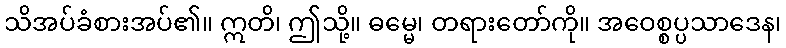
သိအပ်ခံစားအပ်၏။ ဣတိ၊ ဤသို့။ ဓမ္မေ၊ တရားတော်ကို။ အဝေစ္စပ္ပသာဒေန၊